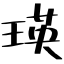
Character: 瑛